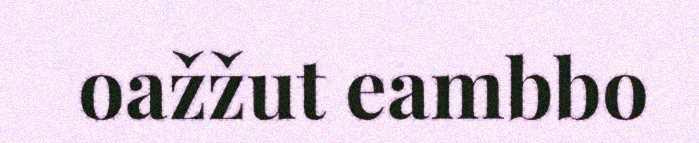
oažžut eambbo